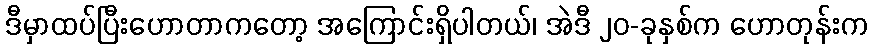
ဒီမှာထပ်ပြီးဟောတာကတော့ အကြောင်းရှိပါတယ်၊ အဲဒီ ၂၀-ခုနှစ်က ဟောတုန်းက